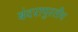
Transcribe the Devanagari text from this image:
बंदरापुरतीच